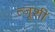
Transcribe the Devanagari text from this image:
त्जूशी